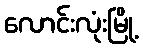
လောင်းလုံးမြို့